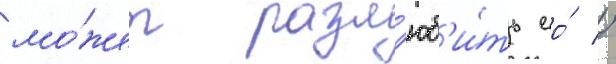
мо́жет разл'юб'и́ть ео́ //